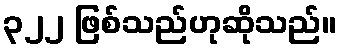
၃၂၂ ဖြစ်သည်ဟုဆိုသည်။